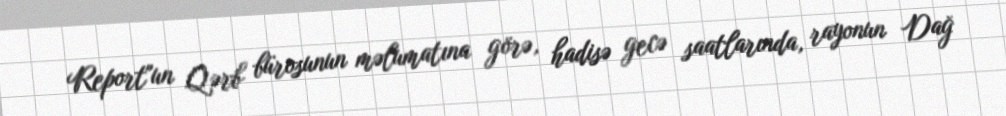
Report"un Qərb bürosunun məlumatına görə, hadisə gecə saatlarında, rayonun Dağ